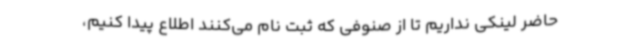
حاضر لینکی نداریم تا از صنوفی که ثبت نام می‌کنند اطلاع پیدا کنیم،